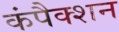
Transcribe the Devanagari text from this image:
कंपैक्शन